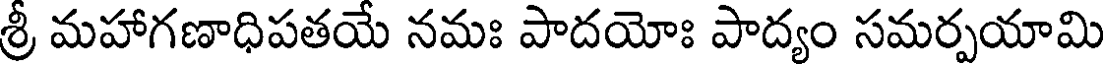
శ్రీ మహాగణాధిపతయే నమః పాదయోః పాద్యం సమర్పయామి